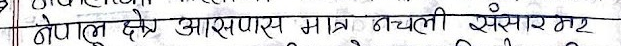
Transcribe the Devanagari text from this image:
टोपल् क्षेत्र आसपास मात्र नचली संसार गर ।